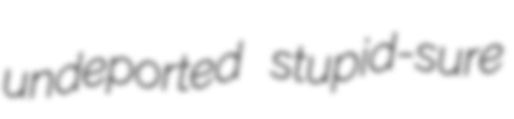
undeported stupid-sure